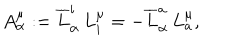
A _ { \alpha } ^ { \mu } : = \overline { { { L } } } _ { \alpha } ^ { i } \, L _ { i } ^ { \mu } = - \overline { { { L } } } _ { \alpha } ^ { a } \, L _ { a } ^ { \mu } ,